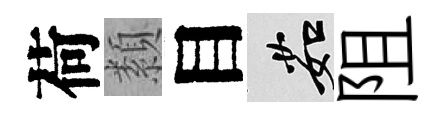
荷纇目茹阻